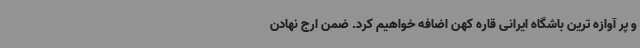
و پر آوازه ترین باشگاه ایرانی قاره کهن اضافه خواهیم کرد. ضمن ارج نهادن